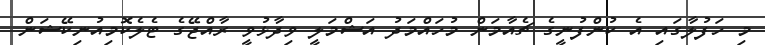
މި ހަފުލާގައި އެ ކުންފުނީގެ ޗެއާމަން މުހައްމަދު އަޝްމަލީ ވިދާޅުވީ ރާއްޖޭގެ ޓެލެކޮމިއުނިކޭޝަން